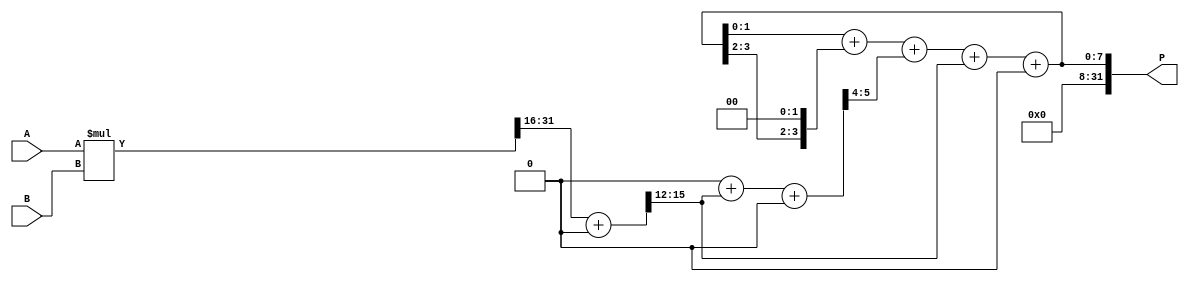
module wallace_tree_multiplier(
    input [15:0] A,
    input [15:0] B,
    output reg [31:0] P
);

reg [47:0] PP [3:0];
reg [15:0] S [3:0];

always @(*) begin
    PP[0] = {16'b0, A} * {16'b0, B};
    PP[1] = {8'b0, PP[0][31:16]} + {8'b0, PP[0][47:32]};
    PP[2] = {4'b0, S[0][11:8]} + {4'b0, PP[1][15:12]} + {4'b0, PP[0][47:44]};
    PP[3] = S[1] + S[2] + {2'b0, PP[2][7:4]} + {2'b0, PP[1][15:12]} + {2'b0, PP[0][47:44]};

    S[0] = {2'b0, PP[2][3:0]};
    S[1] = {2'b0, PP[3][1:0]};
    S[2] = {PP[3][3:2], 2'b0};
end

always @(*) begin
    P = {S[3], PP[3]};
end

endmodule